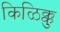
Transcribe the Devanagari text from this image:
किळिक्कु